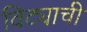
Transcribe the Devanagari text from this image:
विट्याची